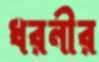
ধরনীর